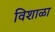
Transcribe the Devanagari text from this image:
विशाळा